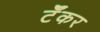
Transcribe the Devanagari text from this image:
टॅँकर